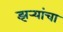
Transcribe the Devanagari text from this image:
झर्‍यांचा